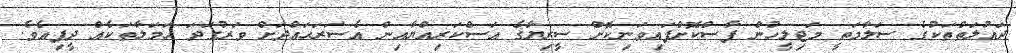
ދައުލަތްތަކުގެ ސަލާމަތީ މަޖިލީހުން ފާސްކޮށްފައިވަނިކޮށް ސީރިޔާގެ އަސްކަރިއްޔާއިން އެސަރަޙައްދަށް ވަރުގަދަ ޙަމަލާތަކެއް ދީފިއެވެ.